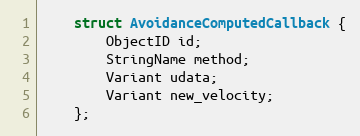
Language: C
	struct AvoidanceComputedCallback {
		ObjectID id;
		StringName method;
		Variant udata;
		Variant new_velocity;
	};